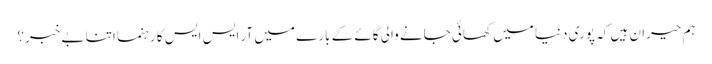
ہم حیران ہیں کہ پوری دنیا میں کھائی جانے والی گائے کے بارے میں آر ایس ایس کا رہنما اتنا بے خبر؟